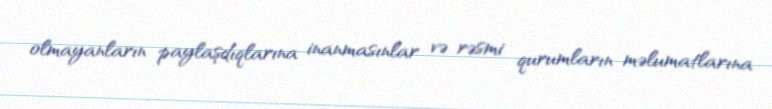
olmayanların paylaşdıqlarına inanmasınlar və rəsmi qurumların məlumatlarına